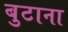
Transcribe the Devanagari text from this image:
बुटाना